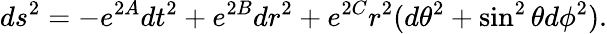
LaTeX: ds^{2}=-e^{2A}dt^{2}+e^{2B}dr^{2}+e^{2C}r^{2}(d\theta^{2}+\sin^{2}\theta d\phi^{2}).